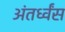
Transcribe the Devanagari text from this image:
अंतर्ध्वंस